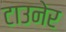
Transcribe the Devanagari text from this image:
टाउनेर